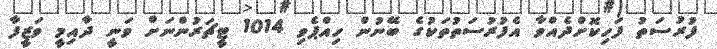
ފުރުސަތު ފަހިކޮށްދެއްވާ އެފުރުސަތުތަކުގެ ބޭނުން ހިއްޕެވި 1014 ޓީޗަރުންނަށް ވަނީ ދާއިމީ ވަޒީފާ